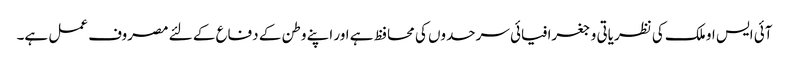
آئی ایس او ملک کی نظریاتی و جغرافیائی سرحدوں کی محافظ ہے اور اپنے وطن کے دفاع کے لئے مصروف عمل ہے۔